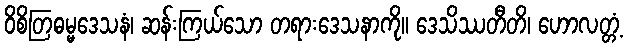
ဝိစိတြဓမ္မဒေသနံ၊ ဆန်းကြယ်သော တရားဒေသနာကို။ ဒေသိဿတီတိ၊ ဟောလတ္တံ့